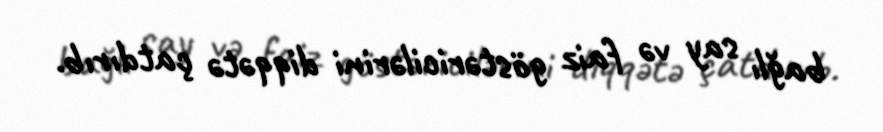
bağlı say və faiz göstəricilərini diqqətə çatdırıb.